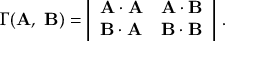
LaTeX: \Gamma ( \mathbf { A } , \ \mathbf { B } ) = { \left| \begin{array} { l l } { \mathbf { A \cdot A } } & { \mathbf { A \cdot B } } \\ { \mathbf { B \cdot A } } & { \mathbf { B \cdot B } } \end{array} \right| } \ .